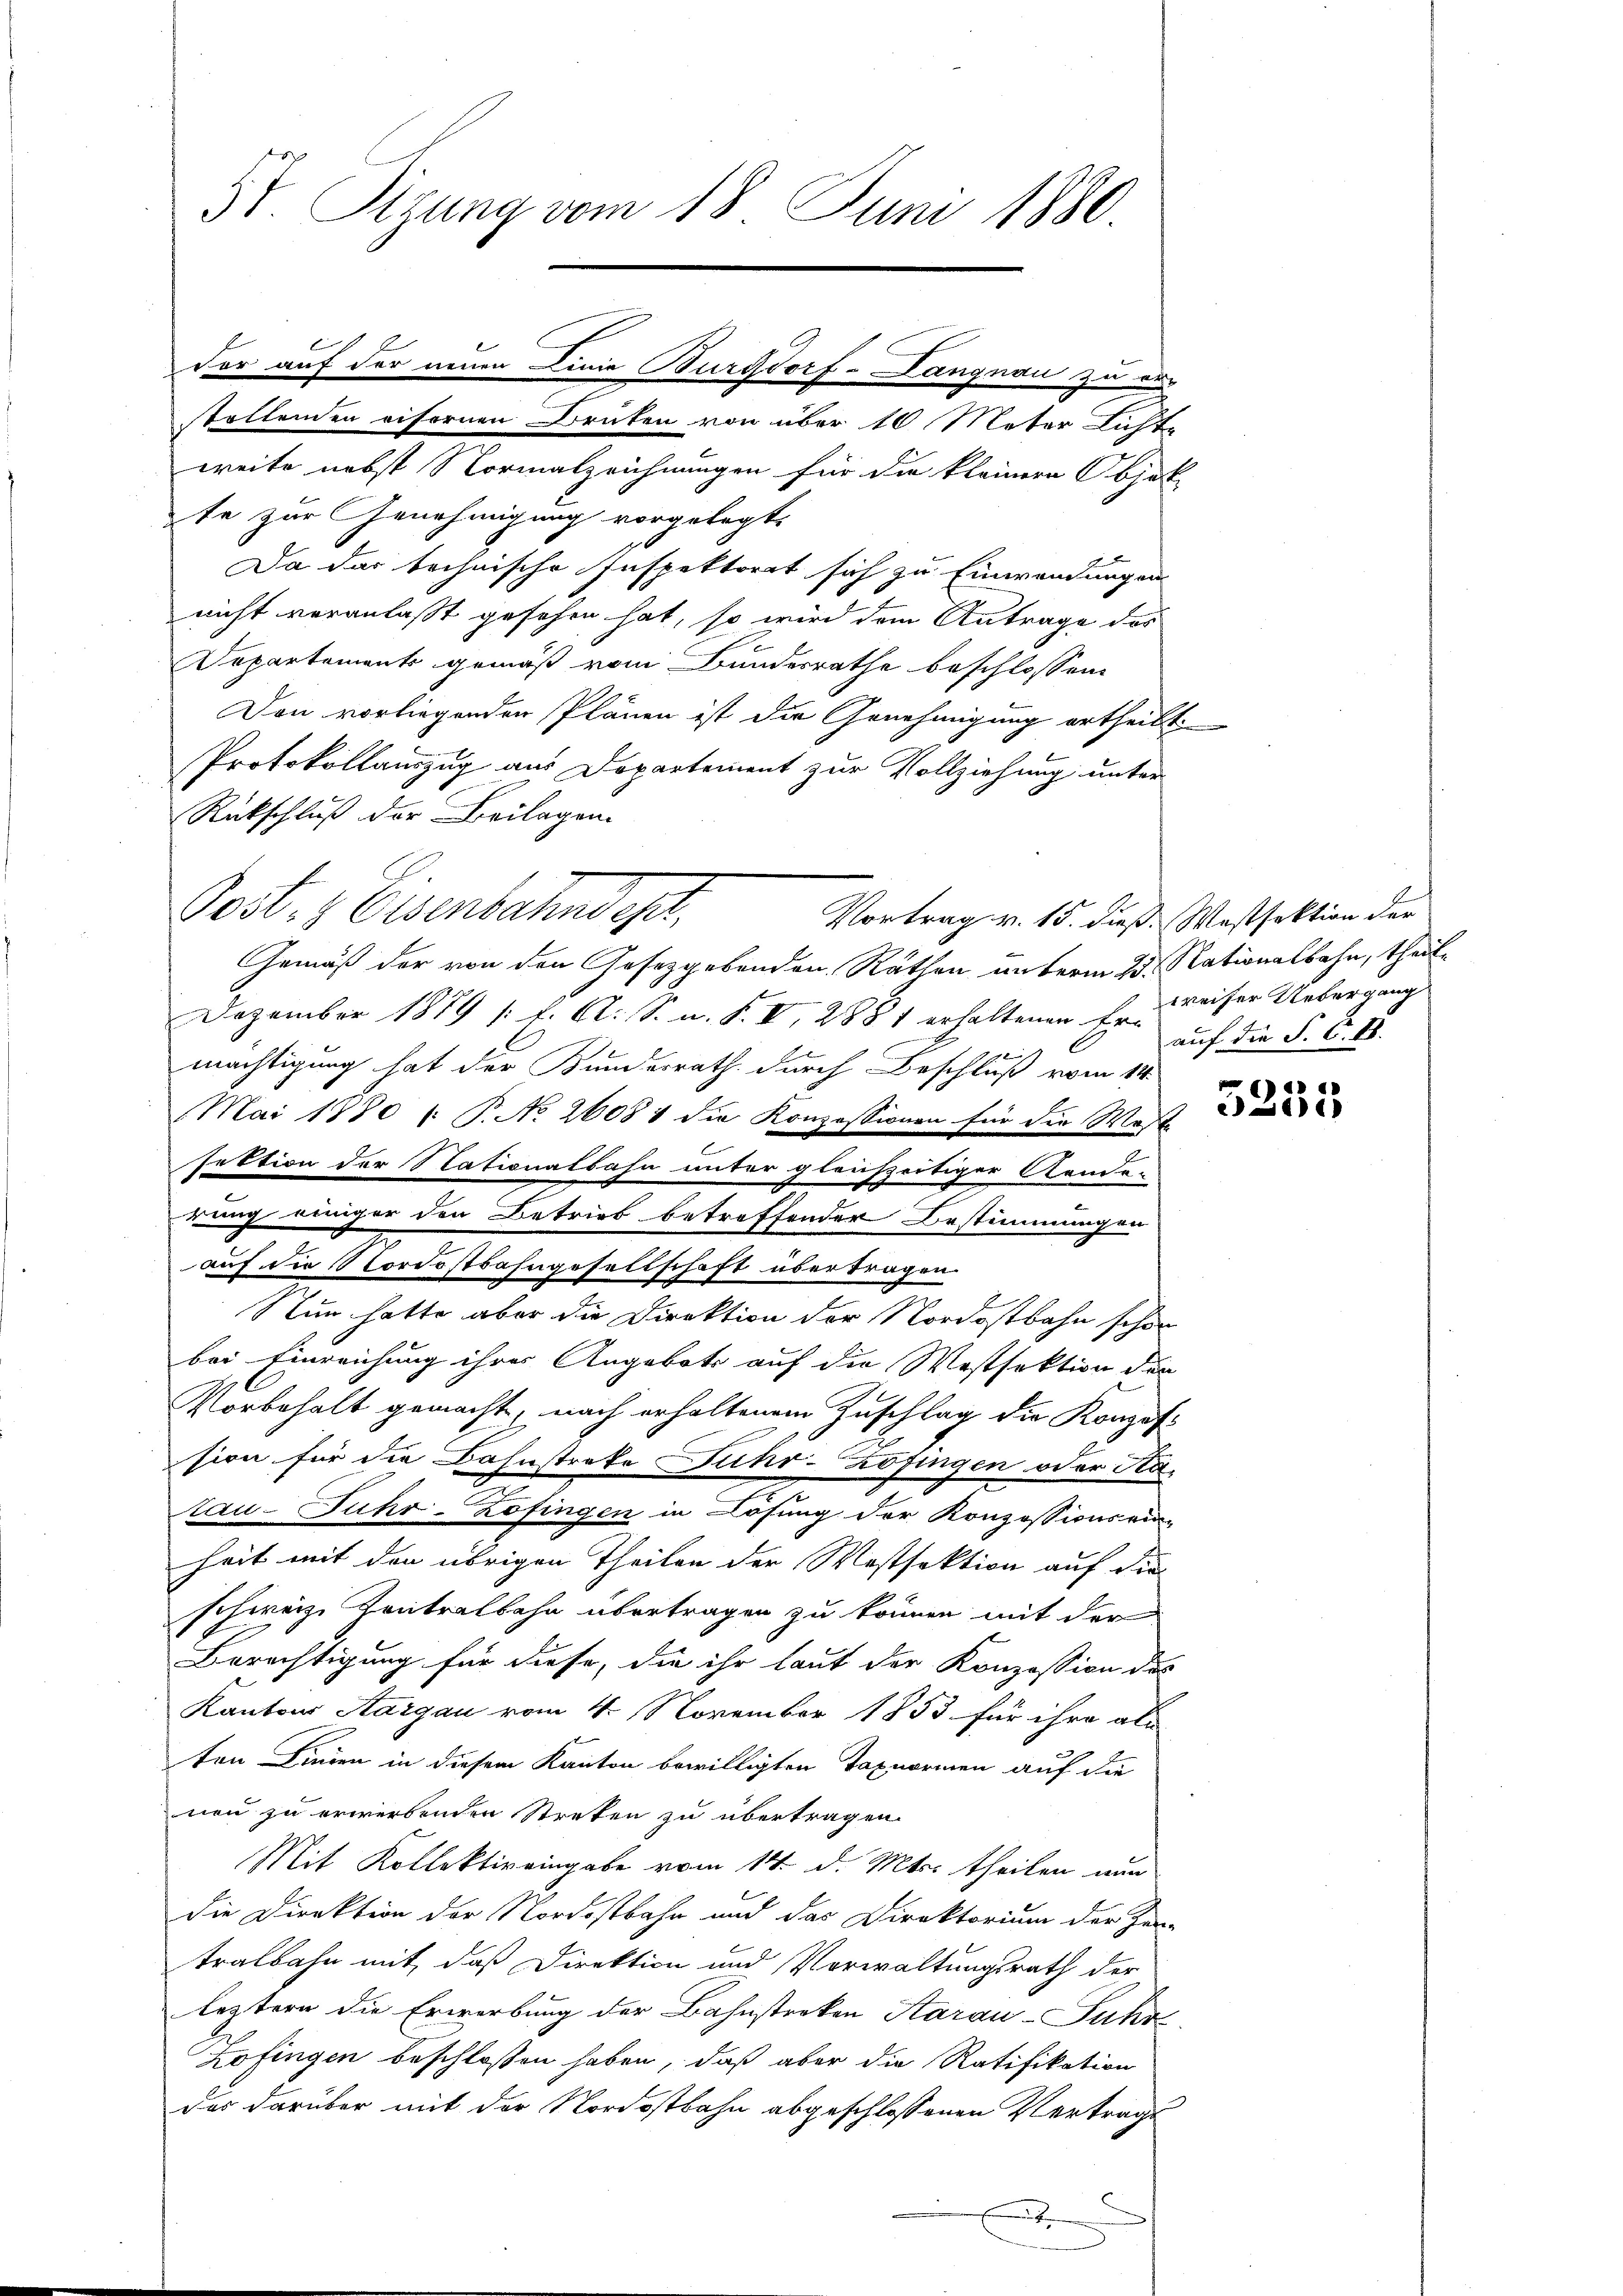
3t. Sizung vom 18. Juni 1880.

der auf der neuen Linie Burgdorf -Langnau zu
staltenden eifernen Bruten von über 10 Meter Lichte

weite nebst Normalzeichnungen für die kleinere Objek-
te zur Genehmigung vorgelegt.
Da das technische Inspektorat sich zu Einwendungen
nicht veranlaßt gesehen hat, so wird dem Antrage des
Departement gemäß vom Bundesrathe beschlossen:
Den vorliegenden Plänen ist die Genehmigung ertheilt.
Protokollauszug aus Departement zur Vollziehung unter
Rückschluß der Beilagen.
Gemäß der von den Gesetzgebenden Räthen unterm 23. Nationalbahn, theil¬
Dezember 1879 1 f. A. S. n. F. V 288 1 erhaltenen Erweiser Uebergang
O
l
mächtigung hat der Bundesrath durch Beschluß vom 14.
Mai 1880 l. P. No 26081 die Konzessionen für die Weste
sektion der Nationalbahn unter gleichzeitiger Aenden
rung einiger den Betrieb betreffender Bestimmungen
auf die Nordostbahngesellschaft übertragen
Nun hatte aber die Direktion der Nordostbahn schon
bei Einreichung ihres Angebote auf die Westfektion der
Vorbehalt gemacht, nach erhaltenem Zuschlag die Konzofsion für die Bahnstreke Fuhr-Zofingen oder Ka-
tau-Fuhr-Zofingen in Lösung der Konzessions ein-
heit mit den übrigen Theilen der Mostfaktion auf die
schweiz. Kontralbahn übertragen zu können mit der
Berechtigung für diese, die ihr laut der Konzession des
Kantons Aargau vom 4. November 1853 für ihre als
ten Linien in diesem Kanton bewilligten Taxuorien auf die
nen zu erwerbenden Streten zu übertragen.
Mit Kollektiv eingabe vom 14. d. Mts. theilen nun
die Direktion der Nordostbahn und das Direktorium der Zin-
tralbahn mit, daß Direktion und Vorwaltungsrath der
leztern die Erwerbung der Bahnstreken Aarau-Fuhr
pfingen beschlossen haben, daß aber die Ratifikation
des darüber mit der Nordostbahn abgeschlossenen Vertrags
.

Pest. Eisenbahndep

Vortrag v. 15. dieß. Wassektion der

auf die S. C. E

|

2
30)